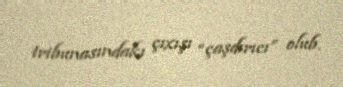
tribunasındakı çıxışı “çaşdırıcı” olub.